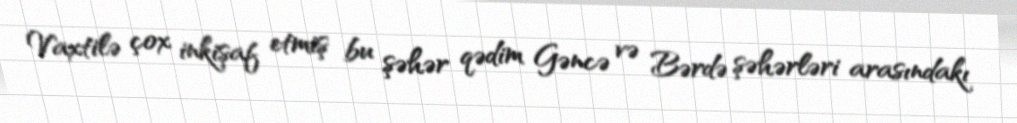
Vaxtilə çox inkişaf etmiş bu şəhər qədim Gəncə və Bərdə şəhərləri arasındakı